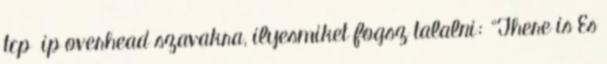
tcp ip overhead szavakra, ilyesmiket fogsz talalni: "There is Es